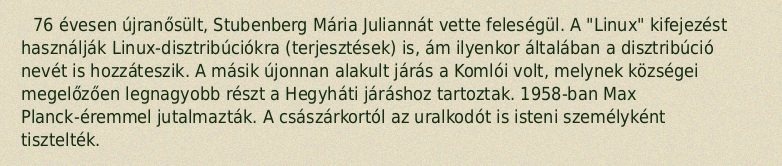
76 évesen újranősült, Stubenberg Mária Juliannát vette feleségül. A "Linux" kifejezést használják Linux-disztribúciókra (terjesztések) is, ám ilyenkor általában a disztribúció nevét is hozzáteszik. A másik újonnan alakult járás a Komlói volt, melynek községei megelőzően legnagyobb részt a Hegyháti járáshoz tartoztak. 1958-ban Max Planck-éremmel jutalmazták. A császárkortól az uralkodót is isteni személyként tisztelték.